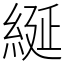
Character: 綖